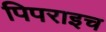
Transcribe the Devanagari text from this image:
पिपराइच